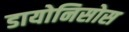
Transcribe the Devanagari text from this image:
डायोनिसोस